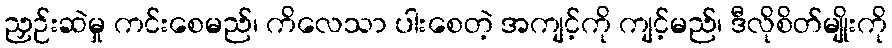
ညှဉ်းဆဲမှု ကင်းစေမည်၊ ကိလေသာ ပါးစေတဲ့ အကျင့်ကို ကျင့်မည်၊ ဒီလိုစိတ်မျိုးကို